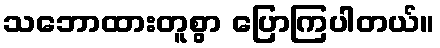
သဘောထားတူစွာ ပြောကြပါတယ်။